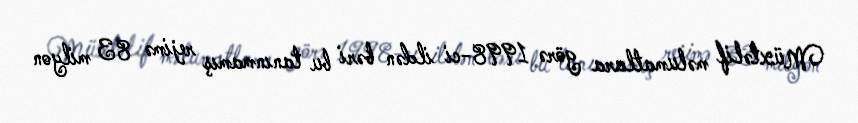
Müxtəlif məlumatlara görə 1998-ci ildən bəri bu tanınmamış rejimə 83 milyon